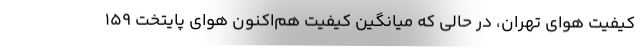
کیفیت هوای تهران، در حالی که میانگین کیفیت هم‌اکنون هوای پایتخت ۱۵۹